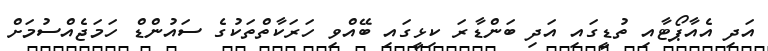
އަދި އެއާޕޯޓާއި ތުޑީގައި އަދި ބަންޑާރަ ކިޅީގައި ބޭއްވި ހަރަކާތްތަކުގެ ސައުންޑް ހަމަޖެއްސުމަށް